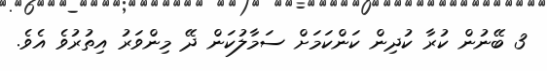
3 ބޭނުން ކުރާ ކުދިން ކަންކަމަށް ސަމާލުކަން ދޭ މިންވަރު އިތުރުވެ އެވެ.